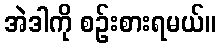
အဲဒါကို စဉ်းစားရမယ်။